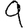
Digit: 9